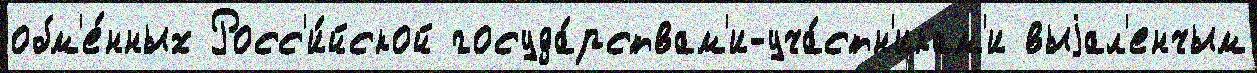
обм'е́нных Росс'и́йской госуда́рствам'и-уча́стн'икам'и выjал'енчым